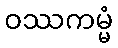
ဝဿကမ္မံ